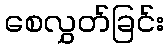
စေလွှတ်ခြင်း